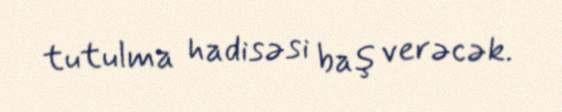
tutulma hadisəsi baş verəcək.